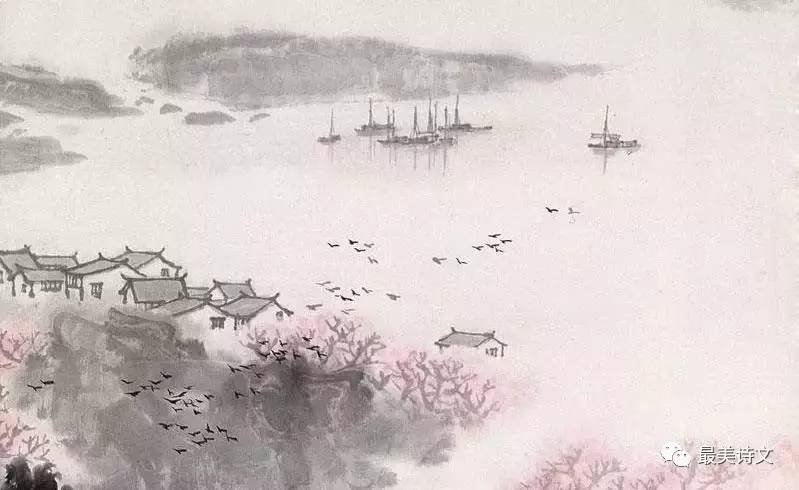
伫久河桥欲去，斜阳泪满。